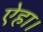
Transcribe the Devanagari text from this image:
ऐहा।